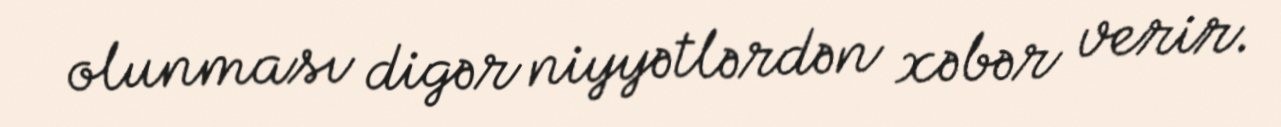
olunması digər niyyətlərdən xəbər verir.